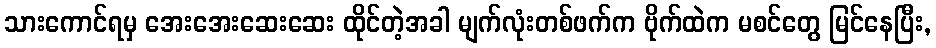
သားကောင်ရမှ အေးအေးဆေးဆေး ထိုင်တဲ့အခါ မျက်လုံးတစ်ဖက်က ဗိုက်ထဲက မစင်တွေ မြင်နေပြီး,